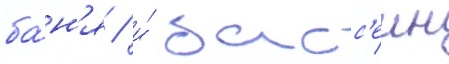
ба́н'я / и́ басс'еин